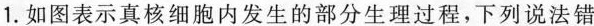
1.如图表示真核细胞内发生的部分生理过程，下列说法错